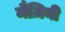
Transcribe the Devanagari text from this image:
मैज़िनी